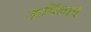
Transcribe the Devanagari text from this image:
ऊर्मिलाचे